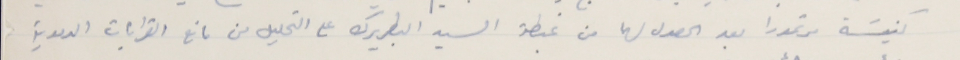
كنيسَة مرتمورا بعد الحصول لهما من غبطة السيد البطريرك على التحليل من مانع القرابات الدموية